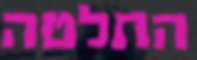
החלטה